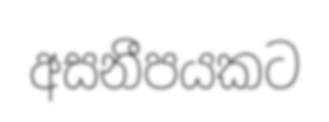
අසනීපයකට